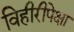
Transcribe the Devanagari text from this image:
विहीरीपेक्षा